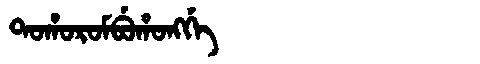
Manchu: ᡨᠣᡥᠣᡵᠣᠮᠪᡠᡥᠣᠩᡤᡝ
Romanization: TOHOROMBUHONGGE